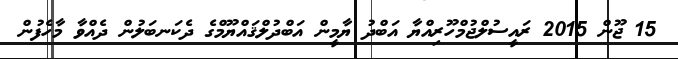
15 ޖޫން 2015 ރައީސުލްޖުމްހޫރިއްޔާ އަބްދު ޔާމީން އަބްދުލްޤައްޔޫމްގެ ދެކަނބަލުން ދެއްވާ މާހެފުން